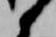
候